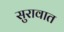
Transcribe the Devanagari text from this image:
सुरावात